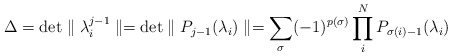
\begin{align*}\Delta={\rm det} \parallel \lambda_i^{j-1} \parallel={\rm det} \parallel P_{j-1}(\lambda_i) \parallel=\sum_{\sigma}(-1)^{p(\sigma)}\prod_i^NP_{\sigma(i)-1}(\lambda_i)\end{align*}